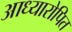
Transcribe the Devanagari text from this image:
आध्यारोपित